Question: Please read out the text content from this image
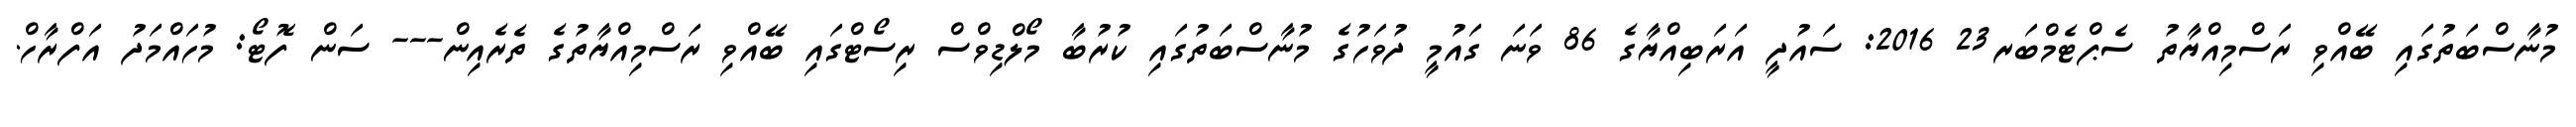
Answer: މުނާސްބަތުގައި ބޭއްވި ރަސްމިއްޔާތު ސެޕްޓެމްބަރ23 2016: ސައުދީ އަރަބިއްޔާގެ 86 ވަނަ ގައުމީ ދުވަހުގެ މުނާސްބަތުގައި ކުރުބާ މޯލްޑިވްސް ރިސޯޓްގައި ބޭއްވި ރަސްމިއްޔާތުގެ ތެރެއިން--- ސަން ފޮޓޯ: މުހައްމަދު އަފްރާހް.